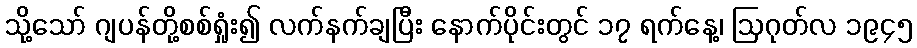
သို့သော် ဂျပန်တို့စစ်ရှုံး၍ လက်နက်ချပြီး နောက်ပိုင်းတွင် ၁၇ ရက်နေ့၊ ဩဂုတ်လ ၁၉၄၅